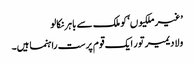
’غیر ملکیوں‘ کو ملک سے باہر نکالو
ولادیمیر تور ایک قوم پرست راہنما ہیں۔